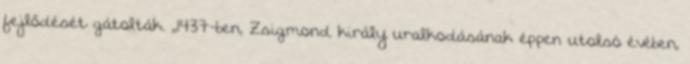
fejlődését gátolták. ,,1437-ben, Zsigmond király uralkodásának éppen utolsó évében,